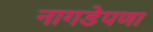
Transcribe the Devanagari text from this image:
नागडेपणा